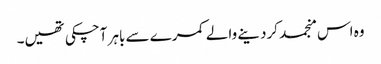
وہ اس منجمد کردینے والے کمرے سے باہر آچکی تھیں۔